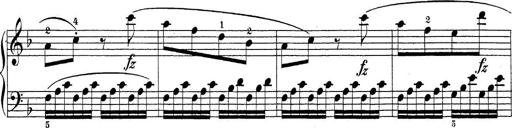
Title: Sonatina Album
Composer: Louis KÃ¶hler